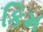
કિમ